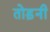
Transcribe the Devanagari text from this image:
तोड़नी